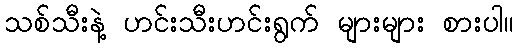
သစ်သီးနဲ့ ဟင်းသီးဟင်းရွက် များများ စားပါ။